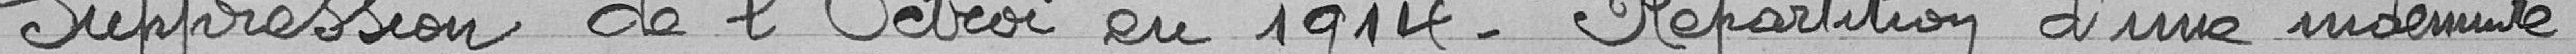
Suppression de l'Octroi en 1914 - Répartition d'une indemnité